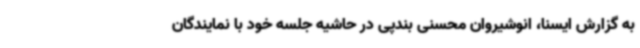
به گزارش ایسنا، انوشیروان محسنی بندپی در حاشیه جلسه خود با نمایندگان